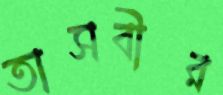
তাসবীর